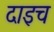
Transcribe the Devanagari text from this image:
दाइच